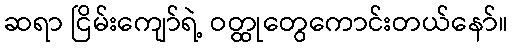
ဆရာ ငြိမ်းကျော်ရဲ့ ဝတ္ထုတွေကောင်းတယ်နော်။